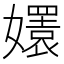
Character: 𡣱